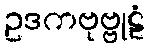
ဥဒကဗုဗ္ဗုဠံ